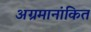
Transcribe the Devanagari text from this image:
अग्रमानांकित